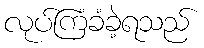
လုပ်ကြံခံခဲ့ရသည်